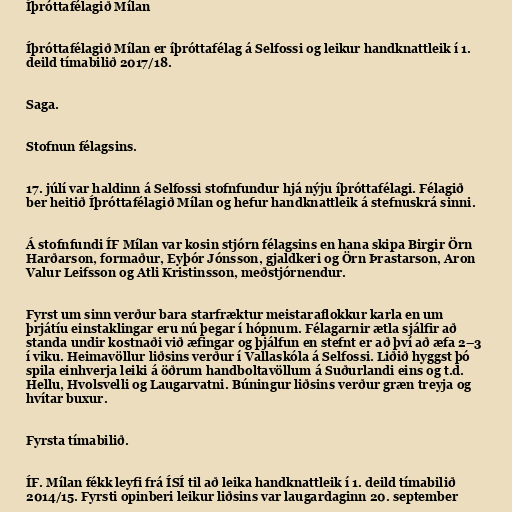
Íþróttafélagið Mílan

Íþróttafélagið Mílan er íþróttafélag á Selfossi og leikur handknattleik í 1.
deild tímabilið 2017/18.

Saga.

Stofnun félagsins.

17. júlí var haldinn á Selfossi stofnfundur hjá nýju íþróttafélagi. Félagið
ber heitið Íþróttafélagið Mílan og hefur handknattleik á stefnuskrá sinni.

Á stofnfundi ÍF Mílan var kosin stjórn félagsins en hana skipa Birgir Örn
Harðarson, formaður, Eyþór Jónsson, gjaldkeri og Örn Þrastarson, Aron
Valur Leifsson og Atli Kristinsson, meðstjórnendur.

Fyrst um sinn verður bara starfræktur meistaraflokkur karla en um
þrjátíu einstaklingar eru nú þegar í hópnum. Félagarnir ætla sjálfir að
standa undir kostnaði við æfingar og þjálfun en stefnt er að því að æfa 2–3
í viku. Heimavöllur liðsins verður í Vallaskóla á Selfossi. Liðið hyggst þó
spila einhverja leiki á öðrum handboltavöllum á Suðurlandi eins og t.d.
Hellu, Hvolsvelli og Laugarvatni. Búningur liðsins verður græn treyja og
hvítar buxur.

Fyrsta tímabilið.

ÍF. Mílan fékk leyfi frá ÍSÍ til að leika handknattleik í 1. deild tímabilið
2014/15. Fyrsti opinberi leikur liðsins var laugardaginn 20. september